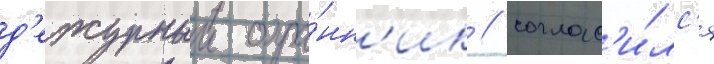
д'ежурныи охра́нн'ик / соглас'и́лс'я